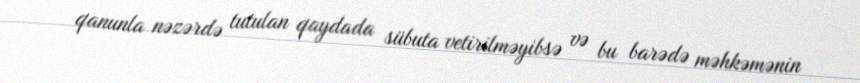
qanunla nəzərdə tutulan qaydada sübuta vetirilməyibsə və bu barədə məhkəmənin